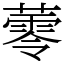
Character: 蕶